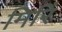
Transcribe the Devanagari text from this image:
मिरिं